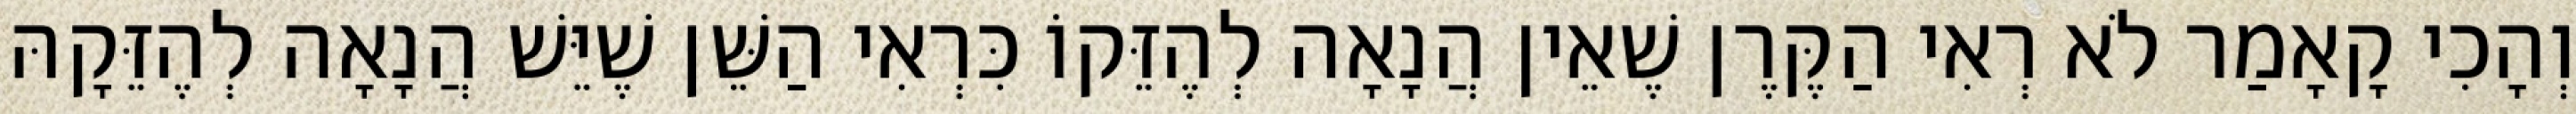
וְהָכִי קָאָמַר לֹא רְאִי הַקֶּרֶן שֶׁאֵין הֲנָאָה לְהֶזֵּקוֹ כִּרְאִי הַשֵּׁן שֶׁיֵּשׁ הֲנָאָה לְהֶזֵּקָהּ